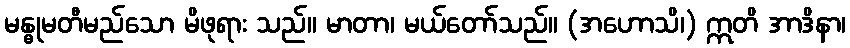
မန္ဓုမတီမည်သော မိဖုရား သည်။ မာတာ၊ မယ်တော်သည်။ (အဟောသိ၊) ဣတိ အာဒိနာ၊